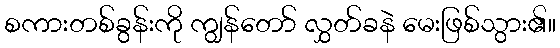
စကားတစ်ခွန်းကို ကျွန်တော် လွှတ်ခနဲ မေးဖြစ်သွား၏။